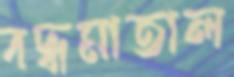
বদ্ধমাতাল